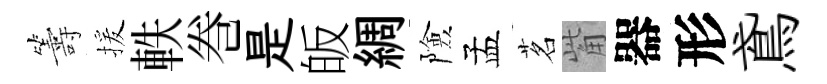
籌援軼巻是皈綢險孟茗觜器形鳶